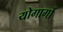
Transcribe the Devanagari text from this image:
योगागों